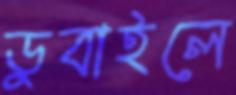
ডুবাইলে